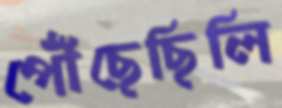
পৌঁছেছিলি